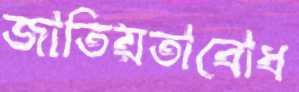
জাতিয়তাবোধ